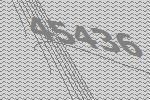
45436